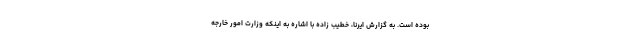
بوده است. به گزارش ایرنا، خطیب زاده با اشاره به اینکه وزارت امور خارجه